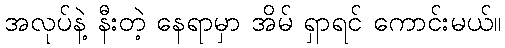
အလုပ်နဲ့ နီးတဲ့ နေရာမှာ အိမ် ရှာရင် ကောင်းမယ်။